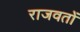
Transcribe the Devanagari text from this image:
राजवतों